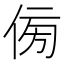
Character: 𠊓